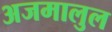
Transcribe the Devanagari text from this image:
अजमालुल